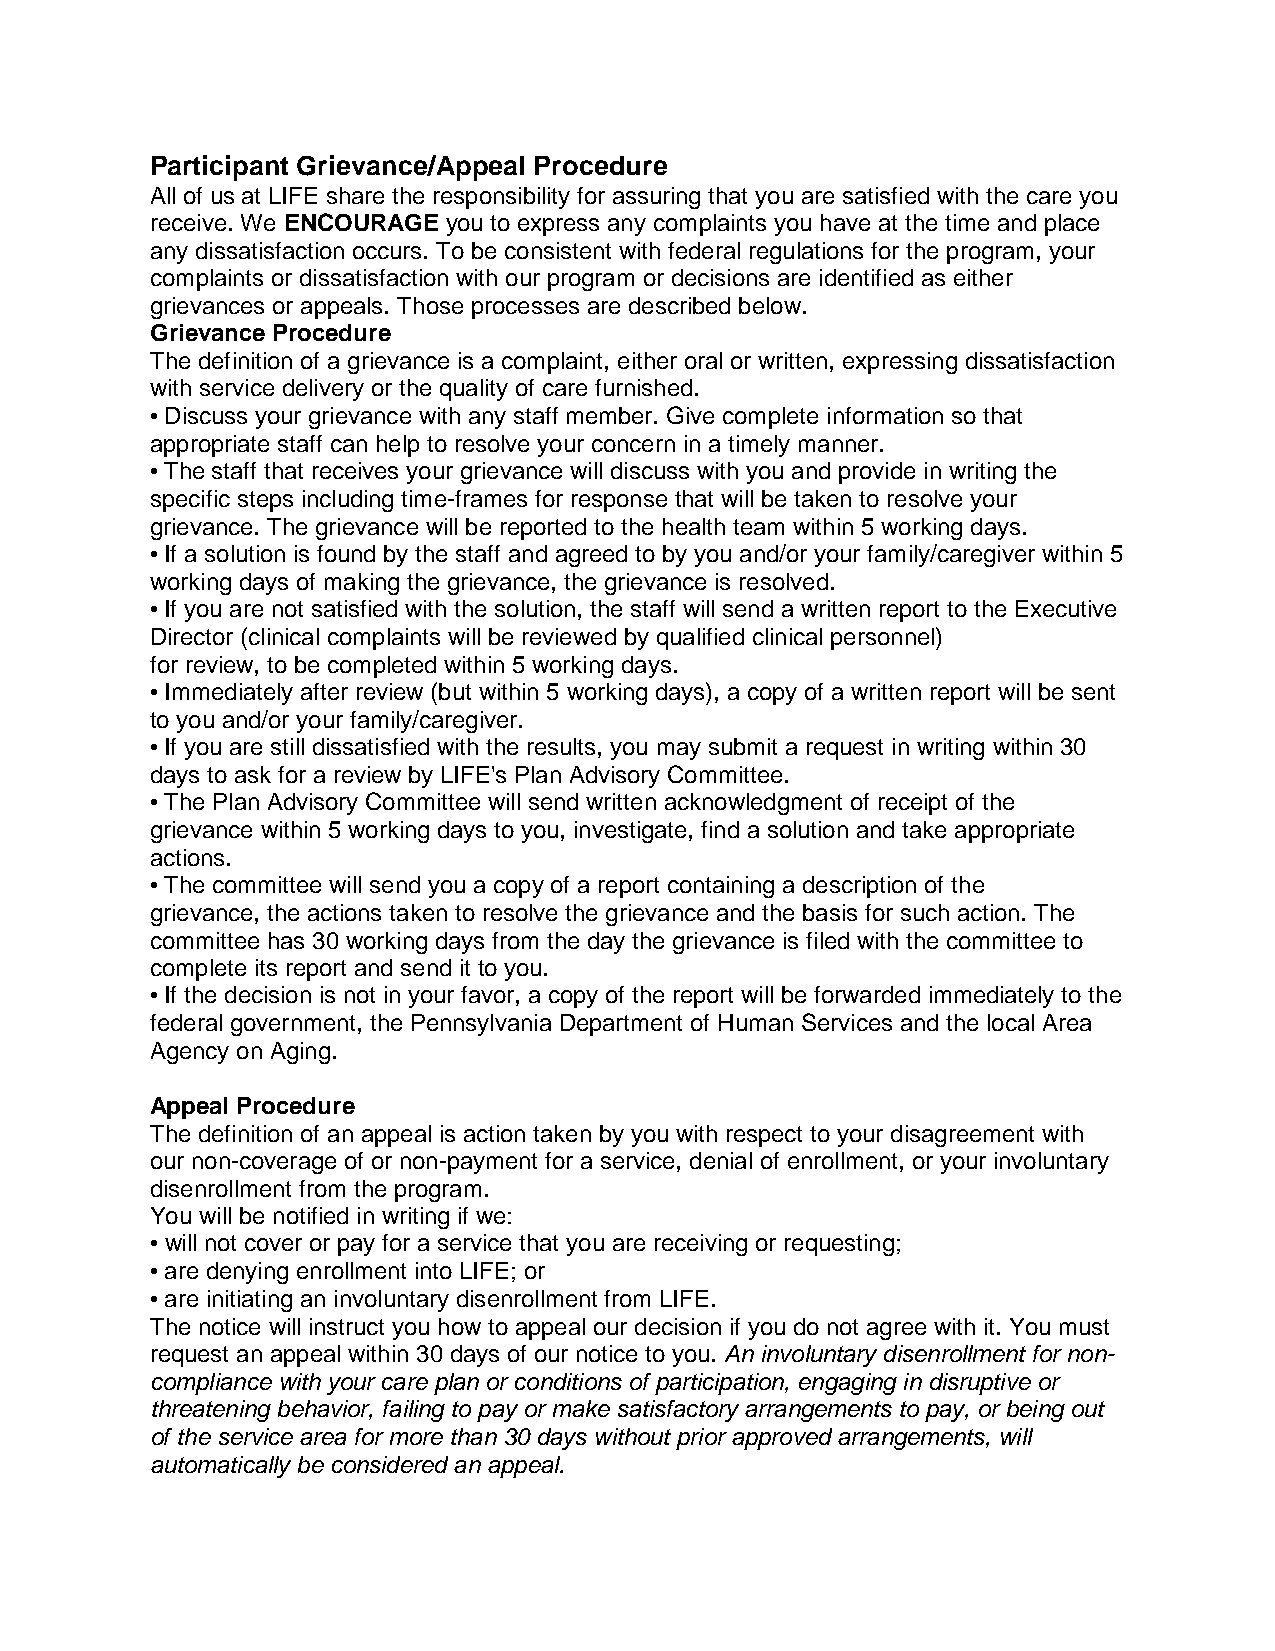
Participant Grievance/Appeal Procedure
 All of us at LIFE share the responsibility for assuring that you are satisfied with the care you
 receive. We ENCOURAGE you to express any complaints you have at the time and place
 any dissatisfaction occurs. To be consistent with federal regulations for the program, your
 complaints or dissatisfaction with our program or decisions are identified as either
 grievances or appeals. Those processes are described below.
 Grievance Procedure
 The definition of a grievance is a complaint, either oral or written, expressing dissatisfaction
 with service delivery or the quality of care furnished.
 • Discuss your grievance with any staff member. Give complete information so that
 appropriate staff can help to resolve your concern in a timely manner.
 • The staff that receives your grievance will discuss with you and provide in writing the
 specific steps including time-frames for response that will be taken to resolve your
 grievance. The grievance will be reported to the health team within 5 working days.
 • If a solution is found by the staff and agreed to by you and/or your family/caregiver within 5
 working days of making the grievance, the grievance is resolved.
 • If you are not satisfied with the solution, the staff will send a written report to the Executive
 Director (clinical complaints will be reviewed by qualified clinical personnel)
 for review, to be completed within 5 working days.
 • Immediately after review (but within 5 working days), a copy of a written report will be sent
 to you and/or your family/caregiver.
 • If you are still dissatisfied with the results, you may submit a request in writing within 30
 days to ask for a review by LIFE's Plan Advisory Committee.
 • The Plan Advisory Committee will send written acknowledgment of receipt of the
 grievance within 5 working days to you, investigate, find a solution and take appropriate
 actions.
 • The committee will send you a copy of a report containing a description of the
 grievance, the actions taken to resolve the grievance and the basis for such action. The
 committee has 30 working days from the day the grievance is filed with the committee to
 complete its report and send it to you.
 • If the decision is not in your favor, a copy of the report will be forwarded immediately to the
 federal government, the Pennsylvania Department of Human Services and the local Area
 Agency on Aging.
 Appeal Procedure
 The definition of an appeal is action taken by you with respect to your disagreement with
 our non-coverage of or non-payment for a service, denial of enrollment, or your involuntary
 disenrollment from the program.
 You will be notified in writing if we:
 • will not cover or pay for a service that you are receiving or requesting;
 • are denying enrollment into LIFE; or
 • are initiating an involuntary disenrollment from LIFE.
 The notice will instruct you how to appeal our decision if you do not agree with it. You must
 request an appeal within 30 days of our notice to you. An involuntary disenrollment for non-
 compliance with your care plan or conditions of participation, engaging in disruptive or
 threatening behavior, failing to pay or make satisfactory arrangements to pay, or being out
 of the service area for more than 30 days without prior approved arrangements, will
 automatically be considered an appeal.